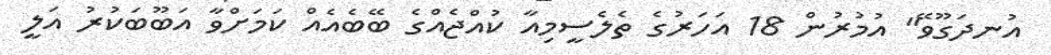
އުނދަގޫވޭ" އުމުރުން 18 އަހަރުގެ ތެލެސީމިއާ ކުއްޖެއްގެ ބޭބެއެއް ކަމަށްވާ އަބޫބަކުރު އަލީ